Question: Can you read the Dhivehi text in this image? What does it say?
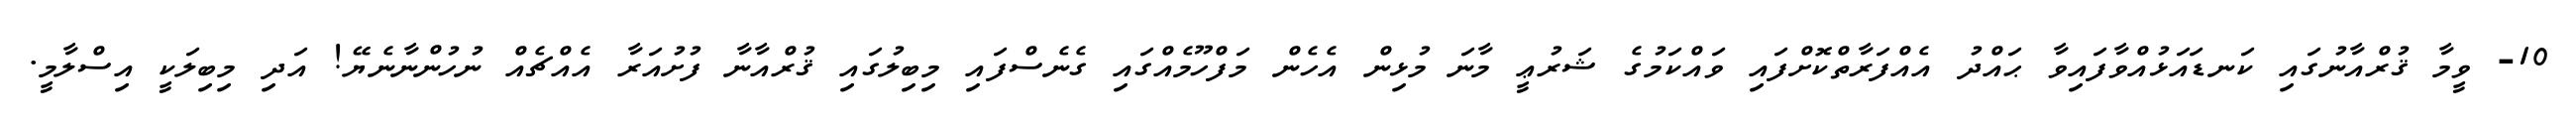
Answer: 10- ވީމާ ޤުރްއާނުގައި ކަނޑައަޅުއްވާފައިވާ ޙައްދު އެއްފަރާތްކޮށްފައި ވައްކަމުގެ ޝަރުޢީ މާނަ މުޅިން އެހެން މަފްހޫމެއްގައި ގެނެސްފައި މިބިލުގައި ޤުރްއާނާ ފުށުއަރާ އެއްޗެއް ނުހުންނާނެޔޭ! އަދި މިބިލަކީ އިސްލާމީ.